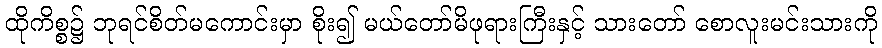
ထိုကိစ္စ၌ ဘုရင်စိတ်မကောင်းမှာ စိုး၍ မယ်တော်မိဖုရားကြီးနှင့် သားတော် စောလူးမင်းသားကို